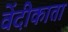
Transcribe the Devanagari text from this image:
वेंदीकाता